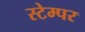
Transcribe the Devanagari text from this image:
स्टेम्पर